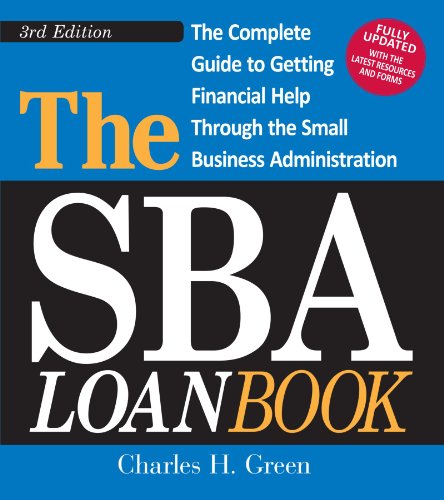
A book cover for The SBA Loan Book: The Complete Guide to Getting Financial Help Through the Small Business Administration; Charles H. Green; Business & Money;